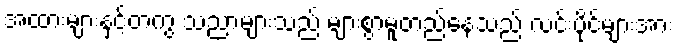
အထားများနှင့်တကွ သညာများသည် များစွာမူတည်နေသည် လင်းပိုင်များအား